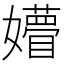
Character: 㜴